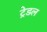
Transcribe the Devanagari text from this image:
ट्रेडल